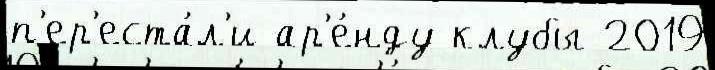
п'ер'еста́л'и ар'е́нду клубы 2019